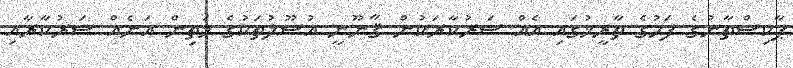
ޕާކިސްތާނުގެ ފަހުގެ ތާރީޚުގައި އެއް ސަރުކާރަކުން ޤާނޫނީ އުޞޫލުތަކުގެ މަތިން އަނެއް ސަރުކާރާއި